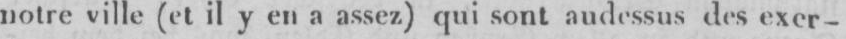
notre ville (et il y en a assez) qui sont audessus des exer-